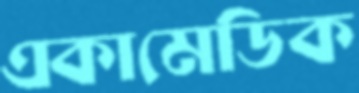
একামেডিক